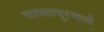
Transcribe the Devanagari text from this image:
भागलपूरमध्ये